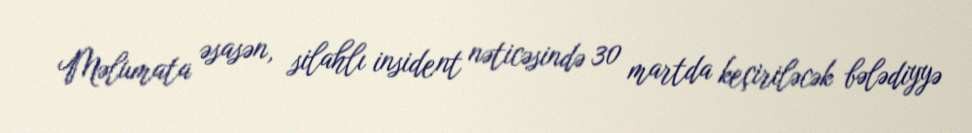
Məlumata əsasən, silahlı insident nəticəsində 30 martda keçiriləcək bələdiyyə